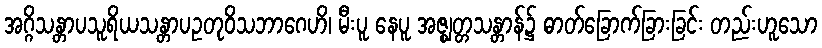
အဂ္ဂိသန္တာပသူရိယသန္တာပဥတုဝိသဘာဂေဟိ၊ မီးပူ နေပူ အဇ္ဈတ္တသန္တာန်၌ ဓာတ်ခြောက်ခြားခြင်း တည်းဟူသော